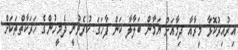
އިރުއިރުކޮޅާ މީރާއާ ދިމާއަށް ޔަމާން ބަލާލާ ކަން ފާހަގަ ކުރެވުނީ ދެމީހުންގެ ހަރަކާތްތަކަށް